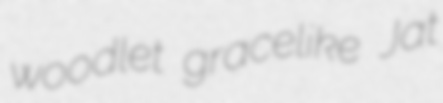
woodlet gracelike Jat